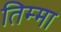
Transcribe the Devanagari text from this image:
तिम्मा